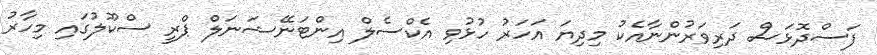
ފަސްދޮޅަސް ދަރިވަރުންނާއެކު މިދިޔަ އަހަރު ހުޅުވި އެކްސެލް އިންޓަނޭޝަނަލް ޕްރީ ސްކޫލުގައި މިހާރު